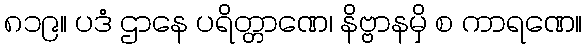
၈၁၉။ ပဒံ ဌာနေ ပရိတ္တာဏေ၊ နိဗ္ဗာနမှိ စ ကာရဏေ။